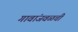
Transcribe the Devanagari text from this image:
गावांजवळची